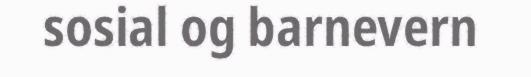
sosial og barnevern